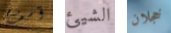
آسف الشيئ خجلان